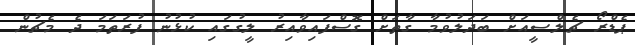
ޕެޑްރޯ ޗެލްސީއަށް ބަދަލުވުމާ ގާތަށް ގޮސްފައިވާއިރު ލީގުގައި ކުޅުނު ފުރަތަމަ ދެ މެޗުން